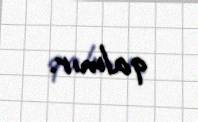
qalmır.